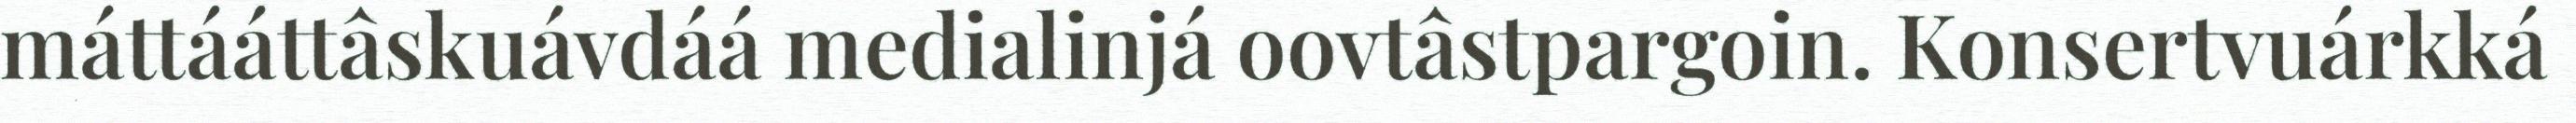
máttááttâskuávdáá medialinjá oovtâstpargoin. Konsertvuárkká